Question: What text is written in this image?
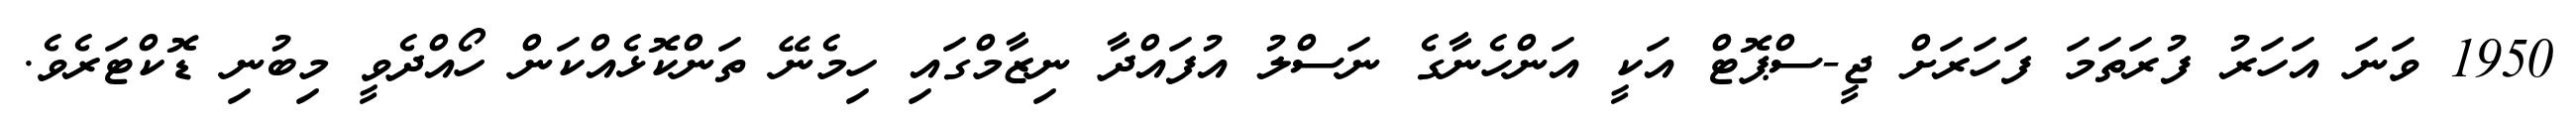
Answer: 1950 ވަނަ އަހަރު ފުރަތަމަ ފަހަރަށް ޖީ-ސްޕޮޓް އަކީ އަންހެނާގެ ނަސްލު އުފައްދާ ނިޒާމްގައި ހިމެނޭ ތަންކޮޅެއްކަން ހޯއްދެވީ މިބުނި ޑޮކްޓަރެވެ.